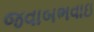
જવાબભવાઇ